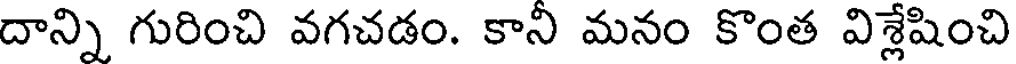
దాన్ని గురించి వగచడం. కాని మనం కొంత విశ్లేషించి